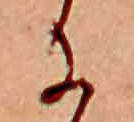
に